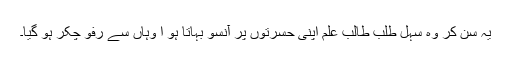
یہ سن کر وہ سہل طلب طالب علم اپنی حسرتوں پر آنسو بہاتا ہو ا وہاں سے رفو چکر ہو گیا۔